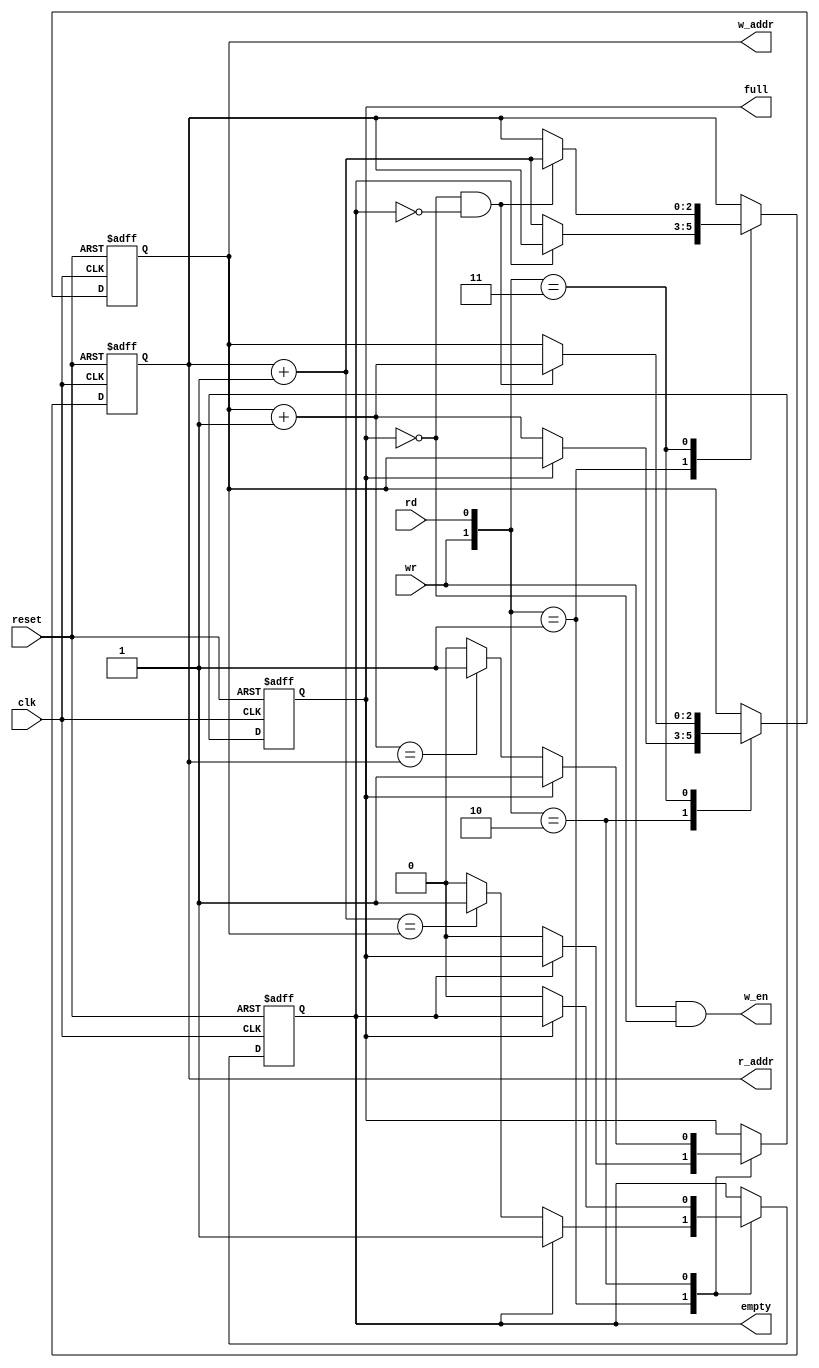
`timescale 1ns / 1ps
//////////////////////////////////////////////////////////////////////////////////
// Company: 
// Engineer: 
// 
// Design Name: 
// Module Name: fifo_controller
// Project Name: 
// Target Devices: 
// Tool Versions: 
// Description: 
// 
// Dependencies: 
// 
// Revision:
// Revision 0.01 - File Created
// Additional Comments:
// 
//////////////////////////////////////////////////////////////////////////////////


module fifo_controller(
   input clk, reset,
   input wr, rd,
   output reg full, empty,
   output [2:0] w_addr, r_addr,
   output w_en
);
    reg [2:0] w_ptr, r_ptr;
    reg [2:0] w_ptr_next, r_ptr_next;
    reg full_next, empty_next;

    always @(posedge clk or posedge reset) begin
        if (reset) begin
            w_ptr <= 0;
            r_ptr <= 0;
            full <= 1'b0;
            empty <= 1'b1;
        end else begin
            w_ptr <= w_ptr_next;
            r_ptr <= r_ptr_next;
            full <= full_next;
            empty <= empty_next;
        end
    end

    always @(*) begin
        w_ptr_next = w_ptr;
        r_ptr_next = r_ptr;
        full_next = full;
        empty_next = empty;

        case ({wr, rd})
            2'b01: // Read
                if (~empty) begin
                    r_ptr_next = r_ptr + 1;
                    full_next = 1'b0;
                    if (r_ptr_next == w_ptr)
                        empty_next = 1'b1;
                end
            2'b10: // Write
                if (~full) begin
                    w_ptr_next = w_ptr + 1;
                    empty_next = 1'b0;
                    if (w_ptr_next == r_ptr)
                        full_next = 1'b1;
                end
            2'b11: // Write and Read Simultaneously
                if (~full && ~empty) begin
                    w_ptr_next = w_ptr + 1;
                    r_ptr_next = r_ptr + 1;
                end
            default: begin
                w_ptr_next = w_ptr;
                r_ptr_next = r_ptr;
                full_next = full;
                empty_next = empty;
            end
        endcase
    end

    assign w_addr = w_ptr;
    assign r_addr = r_ptr;
    assign w_en = wr & (~full);

endmodule